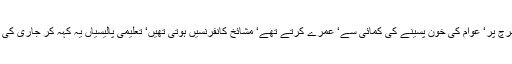
یہ خوشامدی ہی تھے جو جہالت مآب ہونے کے باوجود سرکاری خرچ پر‘ عوام کی خون پسینے کی کمائی سے‘ عمرے کرتے تھے‘ مشائخ کانفرنسیں ہوتی تھیں‘ تعلیمی پالیسیاں یہ کہہ کر جاری کی جاتی تھیں کہ دو سال میں خواندگی کا تناسب سو فیصد ہو جائے گا۔